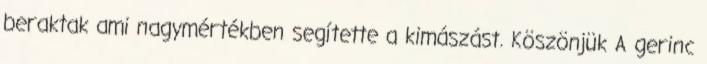
beraktak ami nagymértékben segítette a kimászást. Köszönjük A gerinc